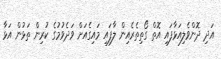
އަދި ދޮންވެލިއަޅާފައި އޮތް ގޯތިތެރެއިން ލާފައި މައިގެއަށް ވަދެވުމުގެ ކުރިން ތަޅުން އަޅާ